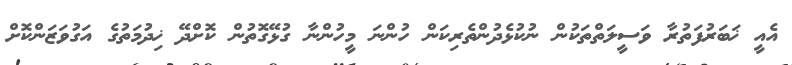
އެއީ ޚަބަރުފަތުރާ ވަސީލަތްތަކުން ނުކުޅެދުންތެރިކަން ހުންނަ މީހުންނާ ގުޅޭގޮތުން ކޮށްދޭ ޚިދުމަތުގެ އަގުވަޒަންކޮށް